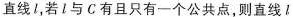
直线l_{1}若l与C有且只有一个公共点，则直线l